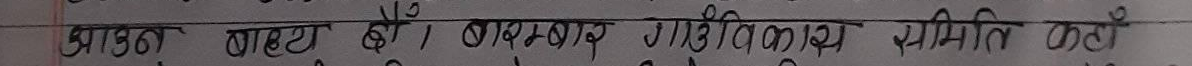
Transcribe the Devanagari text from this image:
मड़का बाट्‌टा है। वडाध्यक्ष गौरीशंकर समिती हो ।